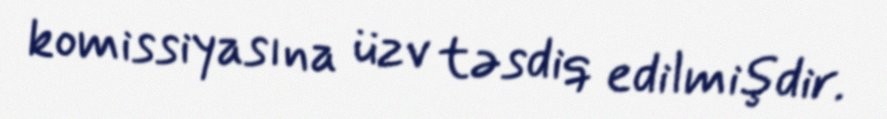
komissiyasına üzv təsdiq edilmişdir.